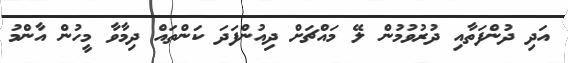
އަދި ދުންފަތާއި ދުރުވުމުން ލޭ މައްޗަށް ދިއުންފަދަ ކަންތައް ދިމާވާ މީހުން އާންމު